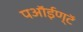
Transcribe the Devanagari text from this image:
पऑईण्टॅ